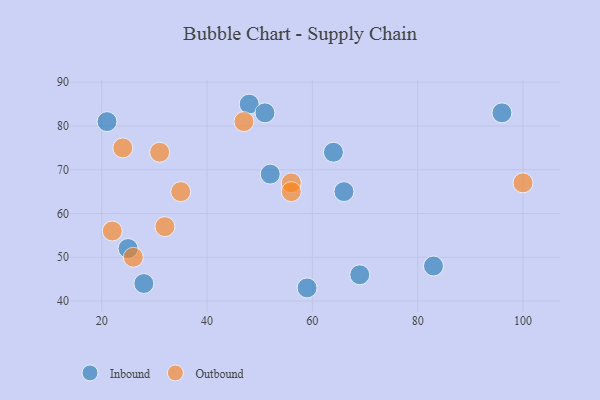
{"axis": {"x": "GDP", "y": "Life Expectancy"}, "legend": ["Inbound", "Outbound"], "data": [{"x": "48", "y": 85, "type": "Inbound"}, {"x": "25", "y": 52, "type": "Inbound"}, {"x": "66", "y": 65, "type": "Inbound"}, {"x": "59", "y": 43, "type": "Inbound"}, {"x": "83", "y": 48, "type": "Inbound"}, {"x": "52", "y": 69, "type": "Inbound"}, {"x": "28", "y": 44, "type": "Inbound"}, {"x": "96", "y": 83, "type": "Inbound"}, {"x": "69", "y": 46, "type": "Inbound"}, {"x": "51", "y": 83, "type": "Inbound"}, {"x": "21", "y": 81, "type": "Inbound"}, {"x": "64", "y": 74, "type": "Inbound"}, {"x": "56", "y": 67, "type": "Outbound"}, {"x": "26", "y": 50, "type": "Outbound"}, {"x": "56", "y": 65, "type": "Outbound"}, {"x": "35", "y": 65, "type": "Outbound"}, {"x": "31", "y": 74, "type": "Outbound"}, {"x": "32", "y": 57, "type": "Outbound"}, {"x": "100", "y": 67, "type": "Outbound"}, {"x": "24", "y": 75, "type": "Outbound"}, {"x": "47", "y": 81, "type": "Outbound"}, {"x": "22", "y": 56, "type": "Outbound"}]}